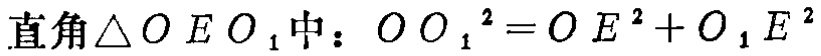
直角\(\triangle O E O_{1}\)中：\(O O_{1}^{2}=O E^{2}+O_{1} E^{2}\)